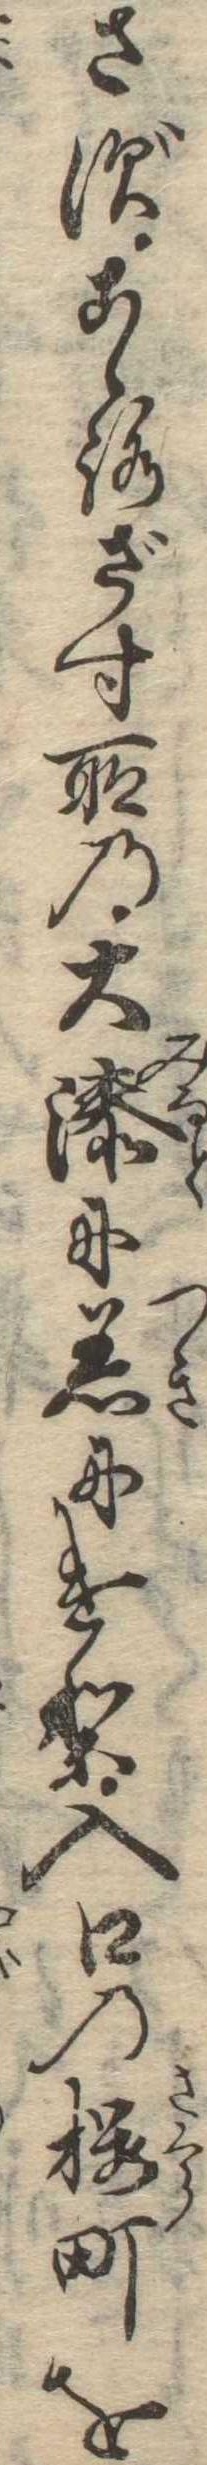
さずこゝろざす所の大湊に着にけり入口の桜町を